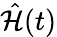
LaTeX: \hat{\mathcal{H}}(t)